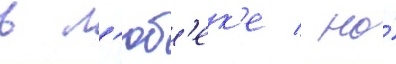
в л'юб'ек'е / но́